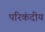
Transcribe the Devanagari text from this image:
परिकंदीय